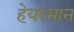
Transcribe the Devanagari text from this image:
हेयरमान